Vaccination North-Western Provinces 1866-1877 - 1866-1877
Year: 1866
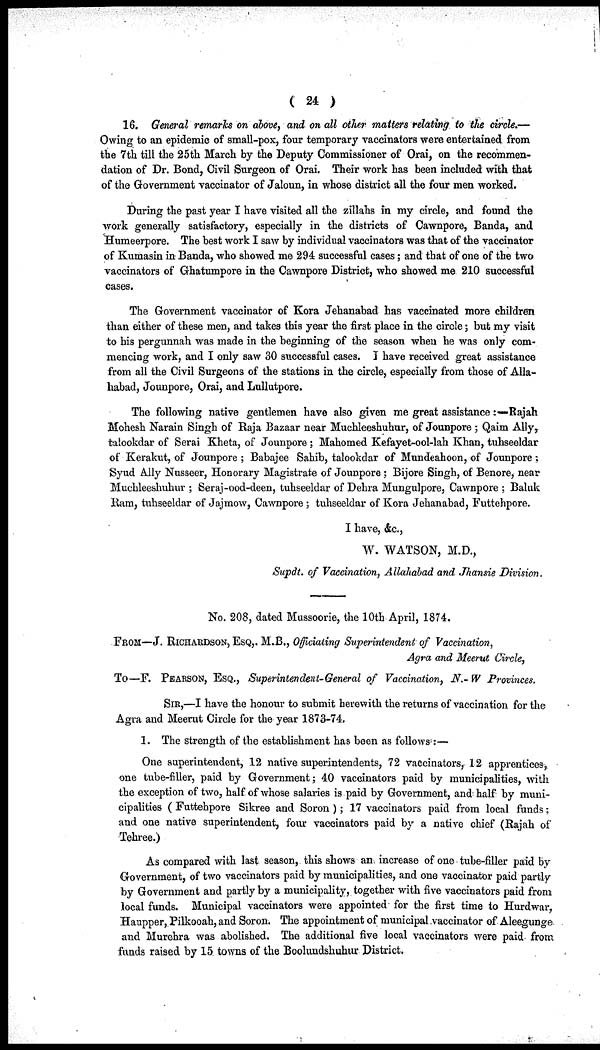
( 24 )
16. General remarks on above, and on all other matters relating to the circle.—
Owing to an epidemic of small-pox, four temporary vaccinators were entertained from
the 7th till the 25th March by the Deputy Commissioner of Orai, on the recommen-
dation of Dr. Bond, Civil Surgeon of Orai. Their work has been included with that
of the Government vaccinator of Jaloun, in whose district all the four men worked.
During the past year I have visited all the zillahs in my circle, and found the
work generally satisfactory, especially in the districts of Cawnpore, Banda, and
Humeerpore. The best work I saw by individual vaccinators was that of the vaccinator
of Kumasin in Banda, who showed me 294 successful cases; and that of one of the two
vaccinators of Ghatumpore in the Cawnpore District, who showed me 210 successful
cases.
The Government vaccinator of Kora Jehanabad has vaccinated more children
than either of these men, and takes this year the first place in the circle; but my visit
to his pergunnah was made in the beginning of the season when he was only com-
mencing work, and I only saw 30 successful cases. I have received great assistance
from all the Civil Surgeons of the stations in the circle, especially from those of Alla-
habad, Jounpore, Orai, and Lullutpore.
The following native gentlemen have also given me great assistance :—Rajah
Mohesh Narain Singh of Raja Bazaar near Muchleeshuhur, of Jounpore ; Qaim Ally,
talookdar of Serai Kheta, of Jounpore; Mahomed Kefayet-ool-lah Khan, tuhseeldar
of Kerakut, of Jounpore ; Babajee Sahib, talookdar of Mundeahoon, of Jounpore;
Syud Ally Nusseer, Honorary Magistrate of Jounpore ; Bijore Singh, of Benore, near
Muchleeshuhur ; Seraj-ood-deen, tuhseeldar of Dehra Mungulpore, Cawnpore ; Baluk
Ram, tuhseeldar of Jajmow, Cawnpore ; tuhseeldar of Kora Jehanabad, Futtehpore.
I have, &c.,
W. WATSON, M.D.,
Supdt. of Vaccination, Allahabad and Jhansie Division.
No. 208, dated Mussoorie, the 10th April, 1874.
FROM—J. RICHARDSON, ESQ,. M.B., Officiating Superintendent of Vaccination,
Agra and Meerut Circle,
To—F. PEARSON, ESQ., Superintendent-General of Vaccination, N.- W Provinces.
SIR,—I have the honour to submit herewith the returns of vaccination for the
Agra and Meerut Circle for the year 1873-74.
1. The strength of the establishment has been as follows:—
One superintendent, 12 native superintendents, 72 vaccinators, 12 apprentices,
one tube-filler, paid by Government; 40 vaccinators paid by municipalities, with
the exception of two, half of whose salaries is paid by Government, and half by muni-
cipalities ( Futtehpore Sikree and Soron ); 17 vaccinators paid from local funds;
and one native superintendent, four vaccinators paid by a native chief (Rajah of
Tehree.)
As compared with last season, this shows an increase of one tube-filler paid by
Government, of two vaccinators paid by municipalities, and one vaccinator paid partly
by Government and partly by a municipality, together with five vaccinators paid from
local funds. Municipal vaccinators were appointed for the first time to Hurdwar,
Haupper, Pilkooah, and Soron. The appointment of municipal vaccinator of Aleegunge
and Murehra was abolished. The additional five local vaccinators were paid from
funds raised by 15 towns of the Boolundshuhur District.